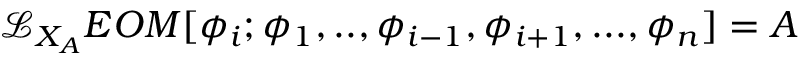
\mathcal { L } _ { X _ { A } } E O M [ \phi _ { i } ; \phi _ { 1 } , . . , \phi _ { i - 1 } , \phi _ { i + 1 } , . . . , \phi _ { n } ] = A